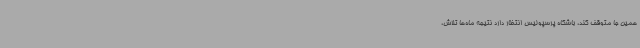
همین جا متوقف کند، باشگاه پرسپولیس انتظار دارد نتیجه ماه‌ها تلاش،